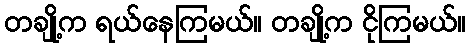
တချို့က ရယ်နေကြမယ်။ တချို့က ငိုကြမယ်။